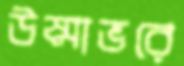
উষ্মাভরে